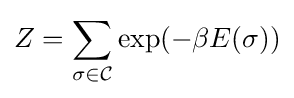
Z=\sum _{\sigma \in {\mathcal {C}}}\exp(-\beta E(\sigma ))